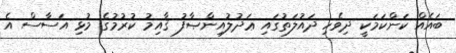
ބައެއް ކަންކަމަކީ ދިވެހި ދައުލަތުގައި ޢަދުލުއިންޞާފު ޤާއިމު ކުރުމުގެ މުޅި އަސާސް އެ